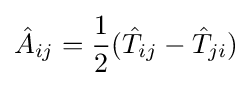
{\hat {A}}_{ij}={\frac {1}{2}}({\hat {T}}_{ij}-{\hat {T}}_{ji})